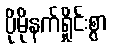
ပိုမိုနက်ရှိုင်းစွာ